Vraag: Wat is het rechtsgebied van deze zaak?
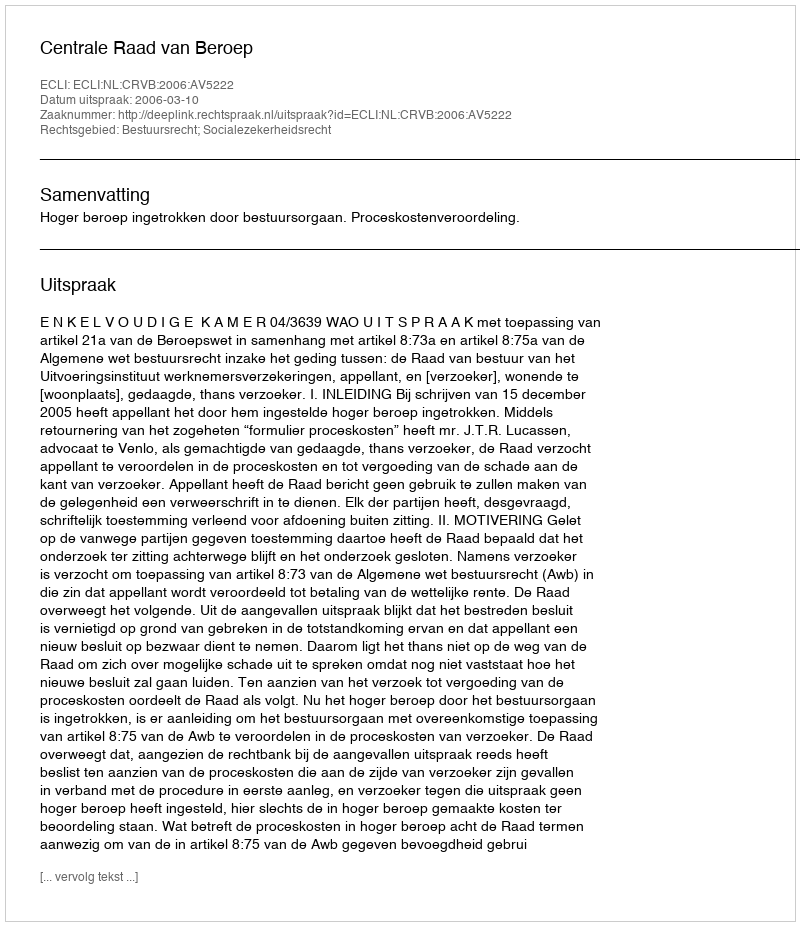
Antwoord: Bestuursrecht; Socialezekerheidsrecht